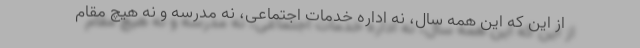
از این که این همه سال، نه اداره خدمات اجتماعی، نه مدرسه و نه هیچ مقام